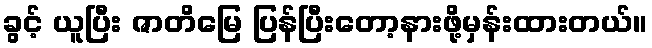
ခွင့် ယူပြီး ဇာတိမြေ ပြန်ပြီးတော့နားဖို့မှန်းထားတယ်။